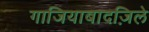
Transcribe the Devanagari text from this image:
गाजियाबादज़िले